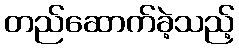
တည်ဆောက်ခဲ့သည့်